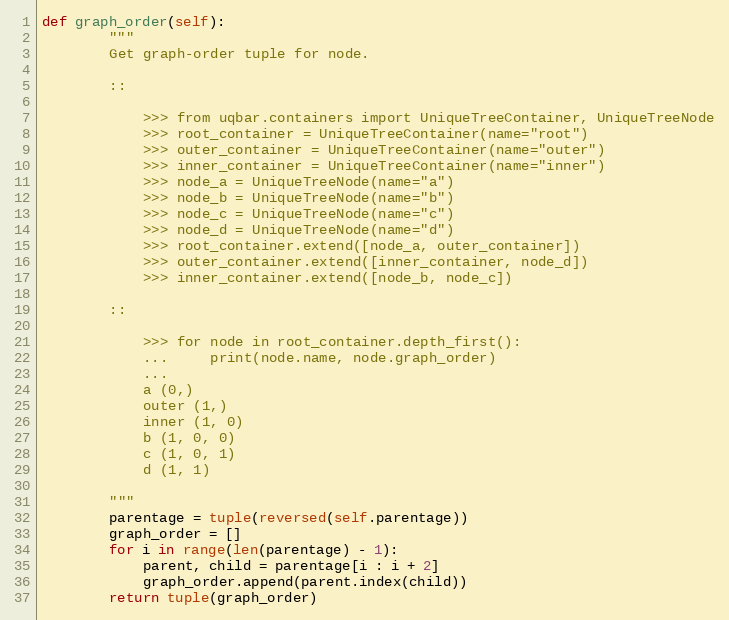
Language: Python
def graph_order(self):
        """
        Get graph-order tuple for node.

        ::

            >>> from uqbar.containers import UniqueTreeContainer, UniqueTreeNode
            >>> root_container = UniqueTreeContainer(name="root")
            >>> outer_container = UniqueTreeContainer(name="outer")
            >>> inner_container = UniqueTreeContainer(name="inner")
            >>> node_a = UniqueTreeNode(name="a")
            >>> node_b = UniqueTreeNode(name="b")
            >>> node_c = UniqueTreeNode(name="c")
            >>> node_d = UniqueTreeNode(name="d")
            >>> root_container.extend([node_a, outer_container])
            >>> outer_container.extend([inner_container, node_d])
            >>> inner_container.extend([node_b, node_c])

        ::

            >>> for node in root_container.depth_first():
            ...     print(node.name, node.graph_order)
            ...
            a (0,)
            outer (1,)
            inner (1, 0)
            b (1, 0, 0)
            c (1, 0, 1)
            d (1, 1)

        """
        parentage = tuple(reversed(self.parentage))
        graph_order = []
        for i in range(len(parentage) - 1):
            parent, child = parentage[i : i + 2]
            graph_order.append(parent.index(child))
        return tuple(graph_order)